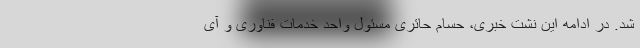
شد. در ادامه این نشت خبری، حسام حائری مسئول واحد خدمات فناوری و آی